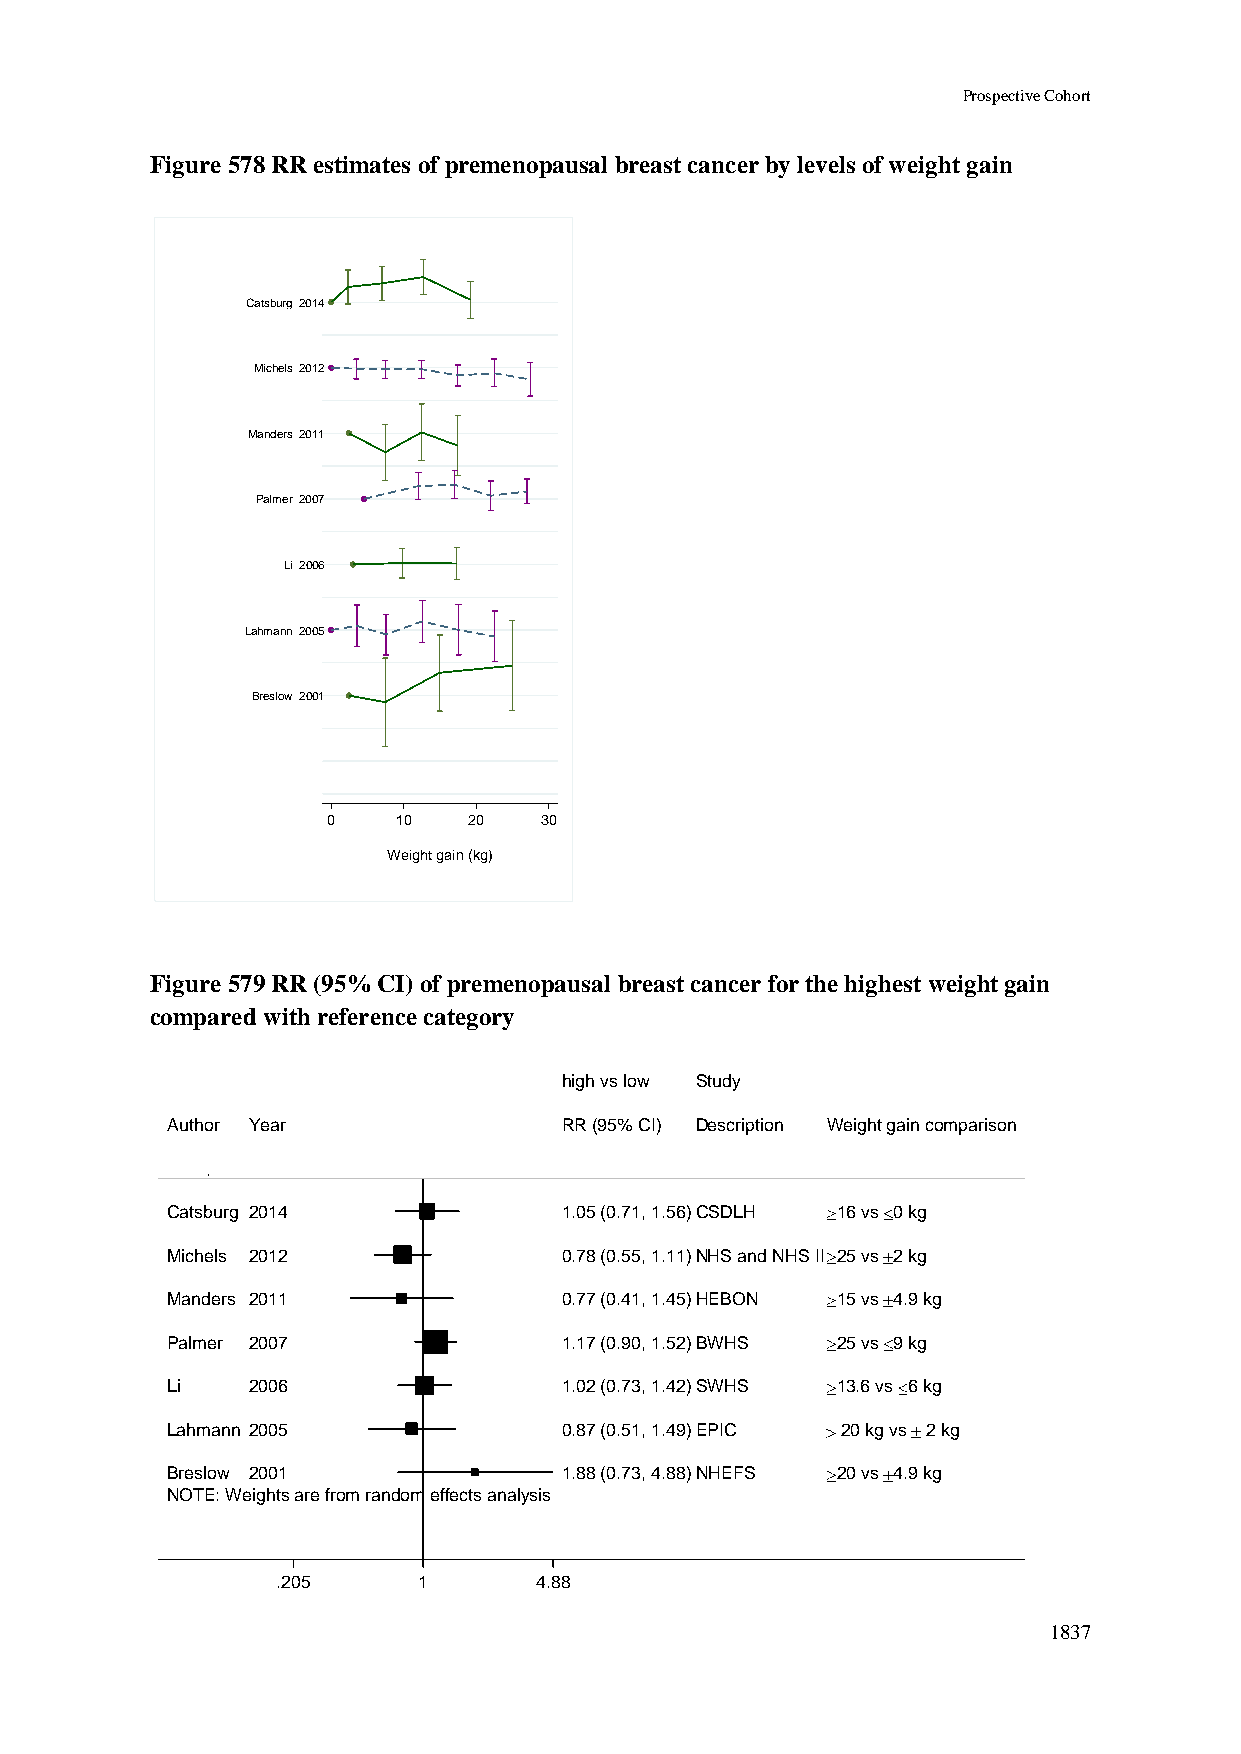
Prospective Cohort
 Figure 578 RR estimates of premenopausal breast cancer by levels of weight gain
 Catsburg 2014
 Michels 2012
 Manders 2011
 Palmer 2007
 Li 2006
 Lahmann 2005
 Breslow 2001
 0   10   20   30
 Weight gain (kg)
 Figure 579 RR (95% CI) of premenopausal breast cancer for the highest weight gain
 compared with reference category
 hhiigghh vvss llooww SSttuuddyy
 Author Year               RRRR ((9955%% CCII)) DDeessccrriippttiioonn Weight gain comparison
 Catsburg 2014             11..0055 ((00..7711,, 11..5566))CCSSDDLLHH 16 vs 0 kg
 Michels 2012              00..7788 ((00..5555,, 11..1111))NNHHSS aanndd NNHHSS IIII 25 vs 2 kg
 Manders 2011              00..7777 ((00..4411,, 11..4455))HHEEBBOONN 15 vs 4.9 kg
 Palmer 2007               11..1177 ((00..9900,, 11..5522))BBWWHHSS 25 vs 9 kg
 Li   2006                 11..0022 ((00..7733,, 11..4422))SSWWHHSS 13.6 vs 6 kg
 Lahmann 2005              00..8877 ((00..5511,, 11..4499))EEPPIICC 20 kg vs 2 kg
 Breslow 2001              11..8888 ((00..7733,, 44..8888))NNHHEEFFSS 20 vs 4.9 kg
 NOTE: Weights are from random effects analysis
 .205      11     4.88
 1837